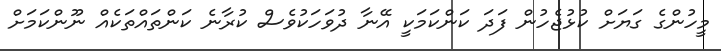
މީހުންގެ ގަޔަށް ކުޅުޖެހުން ފަދަ ކަންކަމަކީ އޭނާ ދުވަހަކުވެސް ކުރާނެ ކަންތައްތަކެއް ނޫންކަމަށް